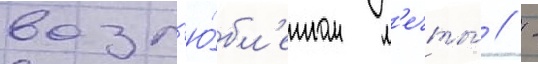
возл'ю́бл'енном м'ечты́ // -